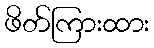
ဖိတ်ကြားထား